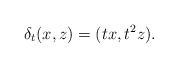
\begin{align*} \delta_t(x,z) = (tx,t^2z).\end{align*}